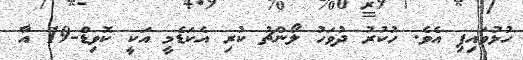
ހުޅުވައިފި އެވެ. ހުކުރު ދުވަހު ލޯންޗު ކުރި އެކަޑެމީ އަކީ ކޮވިޑް-19 އާ